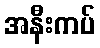
အနီးကပ်